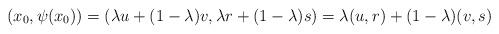
LaTeX: \begin{align*}(x_0,\psi(x_0))=(\lambda u+(1-\lambda)v,\lambda r+(1-\lambda)s)=\lambda (u, r) + (1-\lambda) (v, s)\end{align*}